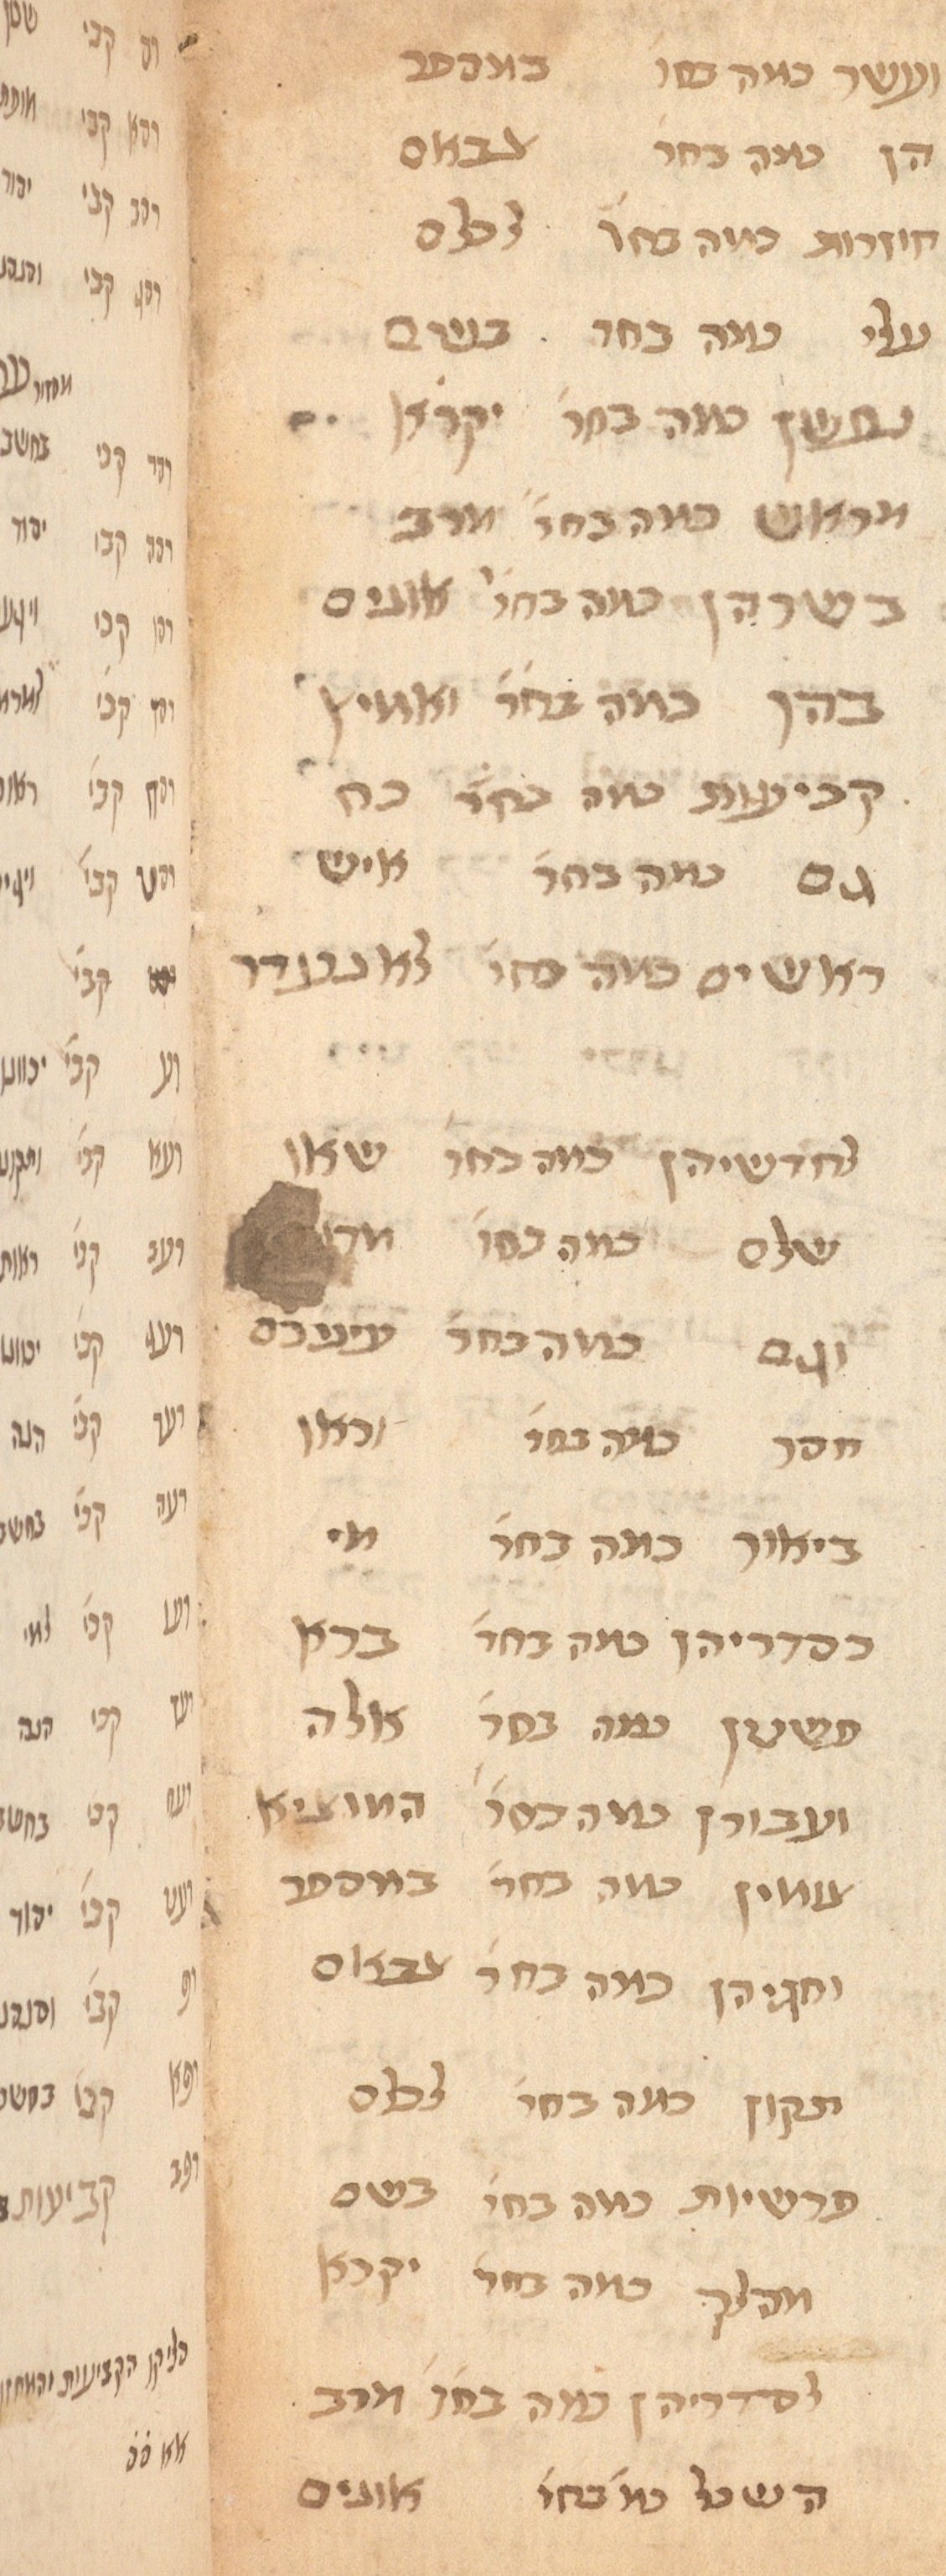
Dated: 1435–1465